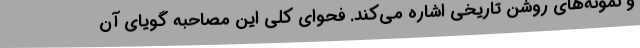
و نمونه‌های روشن تاریخی اشاره می‌کند. فحوای کلی این مصاحبه گویای آن